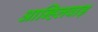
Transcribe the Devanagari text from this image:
आन्हिलवाड़